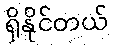
ရှိနိုင်တယ်